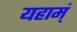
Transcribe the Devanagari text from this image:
यहाम्ं